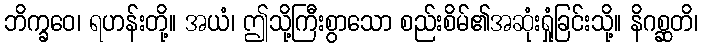
ဘိက္ခဝေ၊ ရဟန်းတို့။ အယံ၊ ဤသို့ကြီးစွာသော စည်းစိမ်၏အဆုံးရှုံခြင်းသို့။ နိဂစ္ဆတိ၊